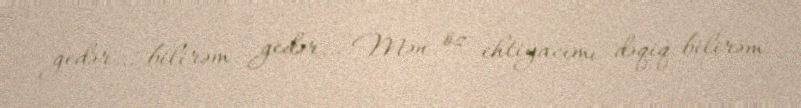
gedər… bilirəm gedər… Mən öz ehtiyacımı dəqiq bilirəm.